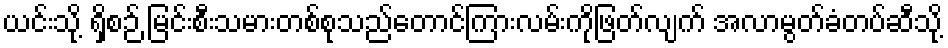
ယင်းသို့ ရှိစဉ် မြင်းစီးသမားတစ်စုသည်တောင်ကြားလမ်းကိုဖြတ်လျက် အလာမွတ်ခံတပ်ဆီသို့